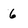
Character: 6